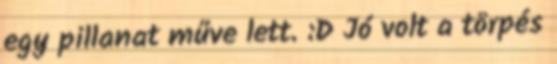
egy pillanat műve lett. :D Jó volt a törpés